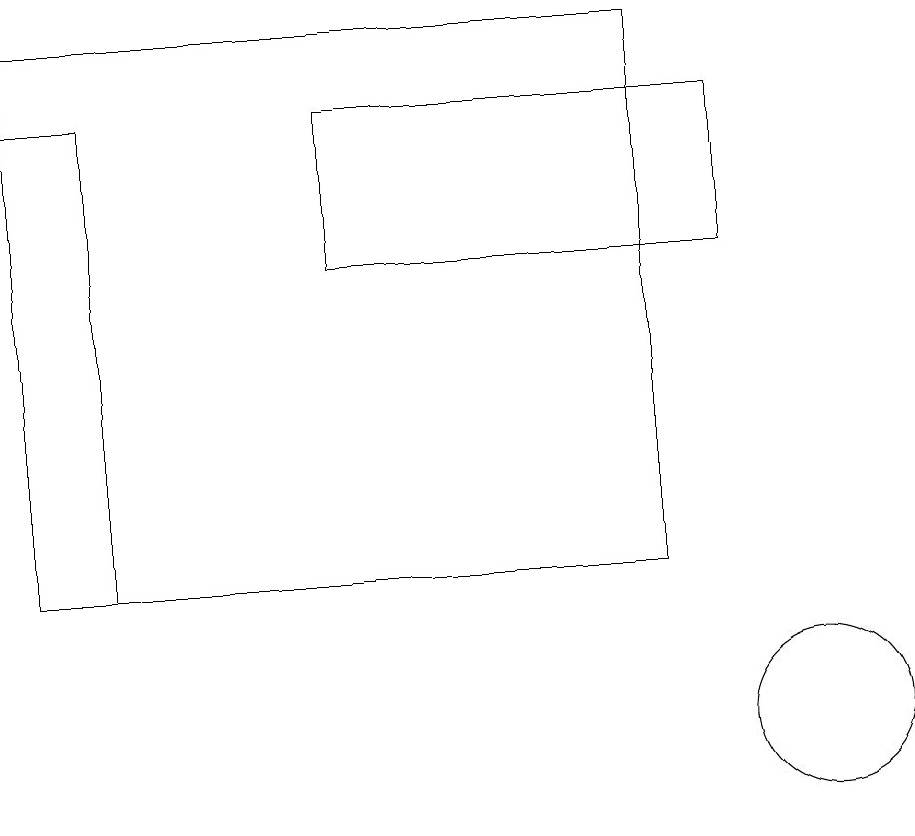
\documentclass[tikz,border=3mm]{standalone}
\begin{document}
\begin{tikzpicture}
\draw (0,18) rectangle (1,12);
\draw (9,18) rectangle (4,16);
\draw (10,10) circle (1);
\draw (0,19) rectangle (8,12);
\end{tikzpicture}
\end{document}